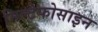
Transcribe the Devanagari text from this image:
मिल्टेफोसाइन